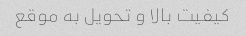
کیفیت بالا و تحویل به موقع